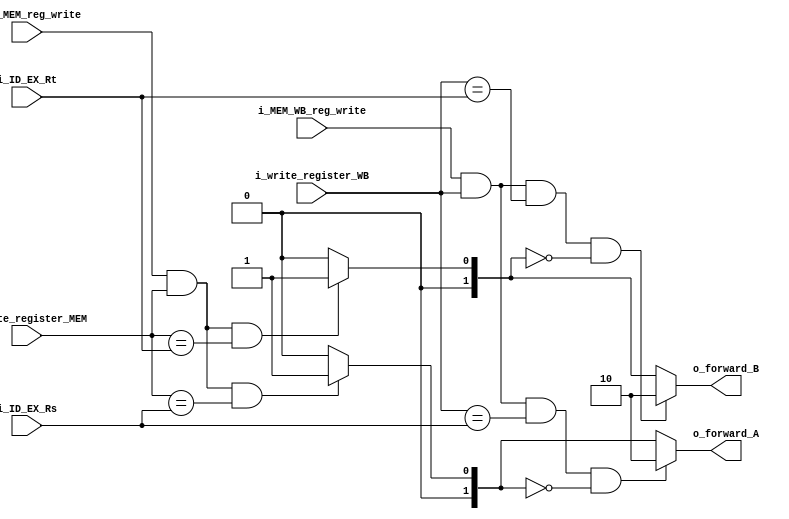
`timescale 1ns / 1ps
module EX_Forward(i_ID_EX_Rs,
                  i_ID_EX_Rt,
                  i_write_register_MEM,
                  i_write_register_WB,
                  i_EX_MEM_reg_write,
                  i_MEM_WB_reg_write,
                  o_forward_A,
                  o_forward_B);

    input i_EX_MEM_reg_write;
    input i_MEM_WB_reg_write;
    input [4:0] i_ID_EX_Rs;
    input [4:0] i_ID_EX_Rt;
    input [4:0] i_write_register_MEM;
    input [4:0] i_write_register_WB;
    
    output [1:0] o_forward_A;
    output [1:0] o_forward_B;
    
    wire [1:0] w_forward_A;
    wire [1:0] w_forward_B;
    
    wire w_cond1;
    assign w_cond1 = (i_EX_MEM_reg_write && i_write_register_MEM);
    
    wire w_cond2;
    assign w_cond2 = (i_MEM_WB_reg_write && i_write_register_WB);
    
    // from EX_MEM Register: 01
    assign w_forward_A = (w_cond1 && (i_write_register_MEM == i_ID_EX_Rs))?2'b01:2'b00;
    assign w_forward_B = (w_cond1 && (i_write_register_MEM == i_ID_EX_Rt))?2'b01:2'b00;
    
    // from MEM_WB Register: 10
    assign o_forward_A = (w_cond2 && (i_write_register_WB == i_ID_EX_Rs)&&!w_forward_A)?2'b10:w_forward_A;
    assign o_forward_B = (w_cond2 && (i_write_register_WB == i_ID_EX_Rt)&&!w_forward_B)?2'b10:w_forward_B;
    
endmodule